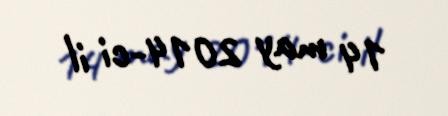
14 may 2014-ci il